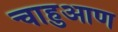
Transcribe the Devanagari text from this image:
चाहुआण